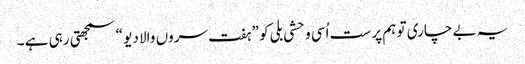
یہ بے چاری تو ہم پر ست اُسی وحشی بلی کو ” ہفت سروں والا دیو “ سمجھتی رہی ہے ۔